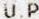
U.P